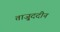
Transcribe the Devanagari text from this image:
ताजु्ददीन